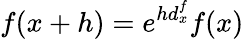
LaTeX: f(x+h)=e^{hd_{x}^{f}}f(x)